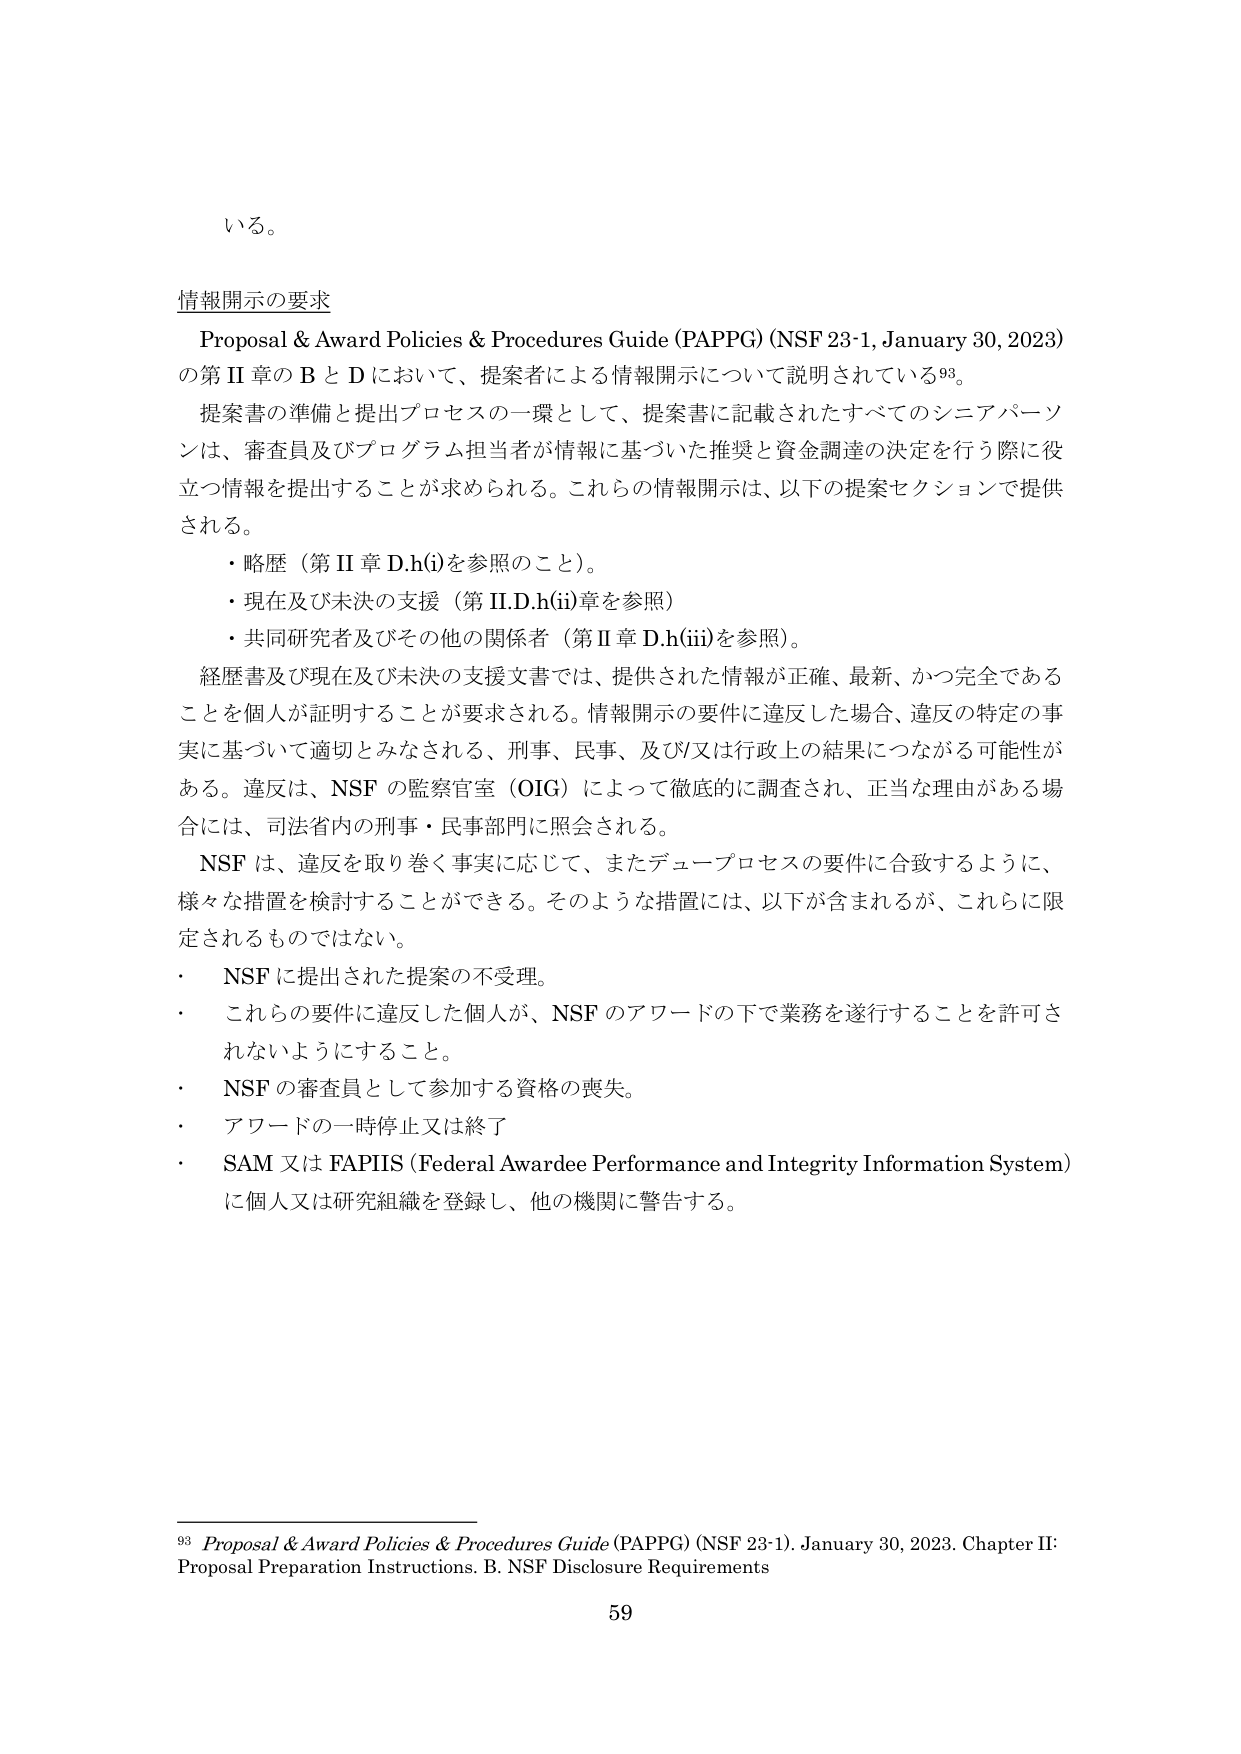
いる。

情報開示の要求
Proposal & Award Policies & Procedures Guide (PAPPG) (NSF 23-1, January 30, 2023)
の第 II 章の B と D において、提案者による情報開示について説明されている93。
提案書の準備と提出プロセスの一環として、提案書に記載されたすべてのシニアパーソンは、審査員及びプログラム担当者が情報に基づいた推奨と資金調達の決定を行う際に役立つ情報を提出することが求められる。これらの情報開示は、以下の提案セクションで提供される。
・略歴（第 II 章 D.h(i)を参照のこと）。
・現在及び未決の支援（第 II.D.h(ii)章を参照）
・共同研究者及びその他の関係者（第 II 章 D.h(iii)を参照）。
経歴書及び現在及び未決の支援文書では、提供された情報が正確、最新、かつ完全であることを個人が証明することが要求される。情報開示の要件に違反した場合、違反の特定の事実に基づいて適切とみなされる、刑事、民事、及び/又は行政上の結果につながる可能性がある。違反は、NSF の監察官室（OIG）によって徹底的に調査され、正当な理由がある場合には、司法省内の刑事・民事部門に照会される。
NSF は、違反を取り巻く事実に応じて、またデュープロセスの要件に合致するように、様々な措置を検討することができる。そのような措置には、以下が含まれるが、これらに限定されるものではない。
・ NSF に提出された提案の不受理。
・ これらの要件に違反した個人が、NSF のアワードの下で業務を遂行することを許可されないようにすること。
・ NSF の審査員として参加する資格の喪失。
・ アワードの一時停止又は終了
・ SAM 又は FAPIIS (Federal Awardee Performance and Integrity Information System) に個人又は研究組織を登録し、他の機関に警告する。

93 Proposal & Award Policies & Procedures Guide (PAPPG) (NSF 23-1). January 30, 2023. Chapter II: Proposal Preparation Instructions. B. NSF Disclosure Requirements
59